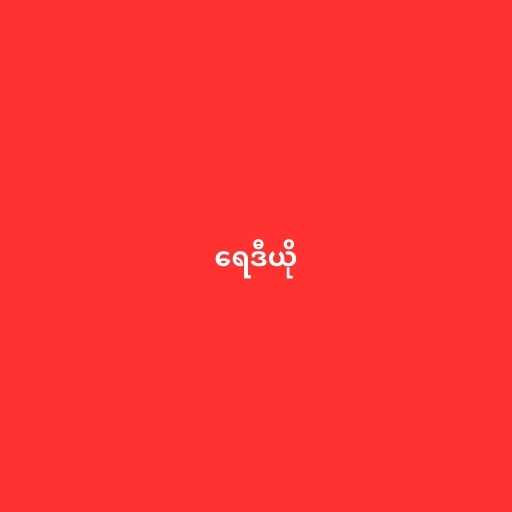
ရေဒီယို